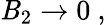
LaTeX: {\cal\mathit{B}}_{2}\rightarrow0\ ,